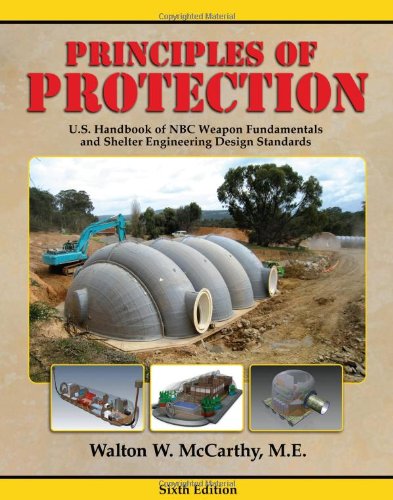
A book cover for Principles of Protection: U. S. Handbook of NBC Weapon Fundamentals and Shelter Engineering Design Standards; Walton W. McCarthy; Engineering & Transportation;